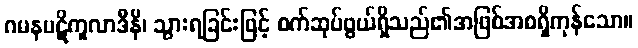
ဂမနပဋိကူလာဒီနိ၊ သွားရခြင်းဖြင့် စက်ဆုပ်ဖွယ်ရှိသည်၏အဖြစ်အစရှိကုန်သော။